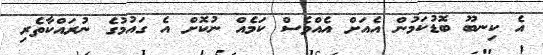
އެ ކިނބޫ ބޮޑުކަމުން އެއަށް އެއްވެސް ކަމެއް ނުކޮށް އެ ގައުމުގެ ނުރައްކާތެރި